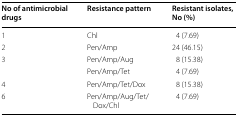
| No of antimicrobial drugs | Resistance pattern | Resistant isolates, No (%) |
 | --- | --- | --- |
 | 1 | Chl | 4 (7.69) |
 | 2 | Pen/Amp | 24 (46.15) |
 | <ROWSPAN=2> 3 | Pen/Amp/Aug | 8 (15.38) |
 | Pen/Amp/Tet | 4 (7.69) |
 | 4 | Pen/Amp/Tet/Dox | 8 (15.38) |
 | 6 | Pen/Amp/Aug/Tet/Dox/Chl | 4 (7.69) |